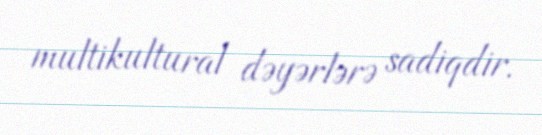
multikultural dəyərlərə sadiqdir.